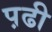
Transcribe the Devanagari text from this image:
प़ढी